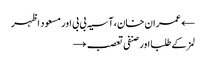
← عمران خان، آسیہ بی بی اور مسعود اظہر
لمز کے طلبا اور صنفی تعصب →